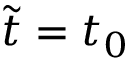
\tilde { t } = t _ { 0 }